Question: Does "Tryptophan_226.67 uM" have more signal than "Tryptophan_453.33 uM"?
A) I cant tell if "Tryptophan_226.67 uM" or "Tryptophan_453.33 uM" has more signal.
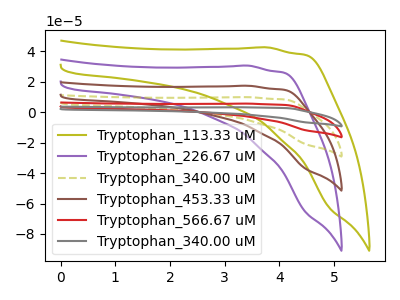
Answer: <think>The olive curve "Tryptophan_113.33 uM" has no peaks. The purple curve "Tryptophan_226.67 uM" has no peaks. The olive dashed curve "Tryptophan_340.00 uM" has no peaks. The brown curve "Tryptophan_453.33 uM" has no peaks. The red curve "Tryptophan_566.67 uM" has no peaks. The gray curve "Tryptophan_340.00 uM" has no peaks.
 Neither "Tryptophan_226.67 uM" or "Tryptophan_453.33 uM" have any peaks.</think>
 <answer>A) I cant tell if "Tryptophan_226.67 uM" or "Tryptophan_453.33 uM" has more signal.</answer>
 <eval>A</eval>